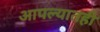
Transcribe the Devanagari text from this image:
आपल्यातही